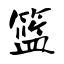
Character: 篮